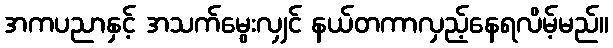
အကပညာနှင့် အသက်မွေးလျှင် နယ်တကာလှည့်နေရလိမ့်မည်။